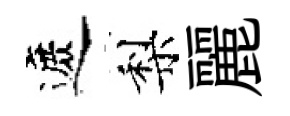
遮梨麗